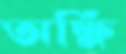
অক্ষি